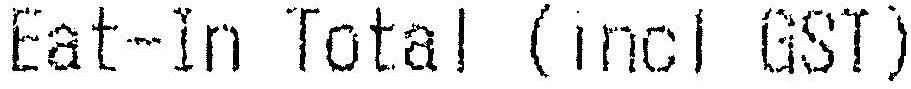
EAT-IN TOTAL (INCL GST)